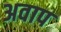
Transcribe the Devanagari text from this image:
अवाप